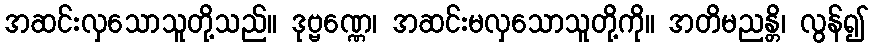
အဆင်းလှသောသူတို့သည်။ ဒုဗ္ဗဏ္ဏေ၊ အဆင်းမလှသောသူတို့ကို။ အတိမညန္တိ၊ လွန်၍